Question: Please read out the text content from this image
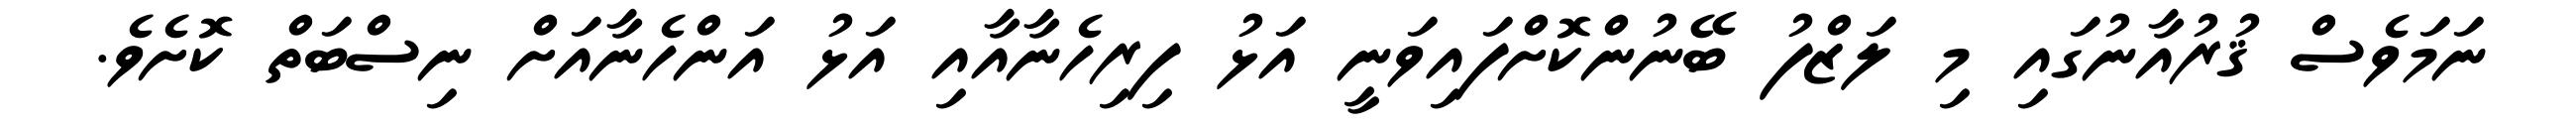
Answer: ނަމަވެސް ޤުރުއާނުގައި މި ލަޒްފު ބޭނުންކޮށްފައިވަނީ އަޅު ފިރިހެނާއާއި އަޅު އަންހެނާއަށް ނިސްބަތް ކޮށެވެ.